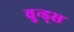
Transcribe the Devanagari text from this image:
वुन्ड्स